Lunatic asylums Burma 1907-21 - 1907-1921
Year: 1907
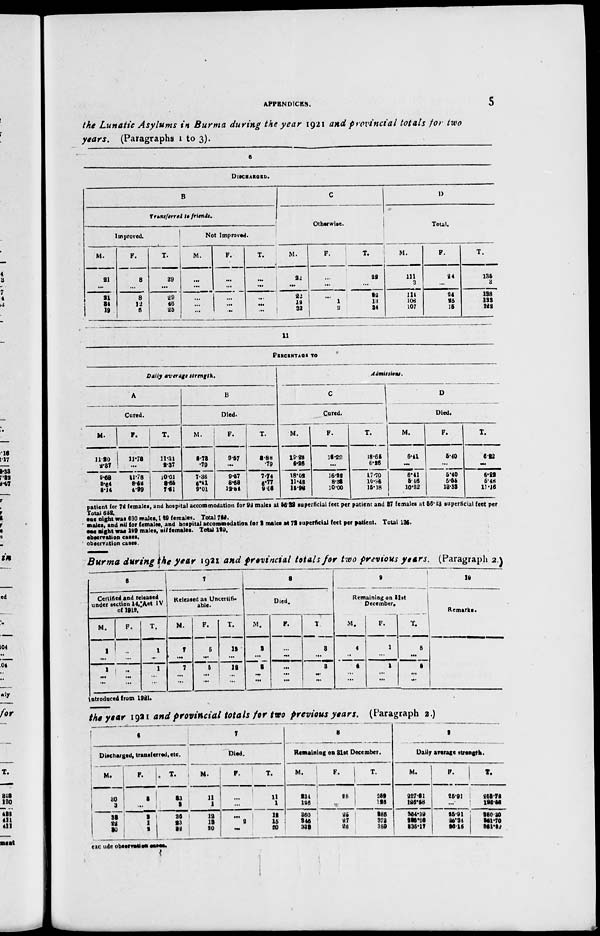
APPENDICES.
5
the Lunatic Asylums in Burma during the year 1921 and provincial totals for two
years. (Paragraphs 1 to 3).
6
DISCHARGED.
B
Transferred to friends.
Improved.
M.
21
...
21
34
19
F.
8
...
8
12
6
T.
29
...
29
46
25
Not Improved.
M.
...
...
...
...
...
F.
...
...
...
...
...
T.
...
...
...
...
...
C
Otherwise.
M.
22
...
22
12
32
F.
...
...
...
1
2
T.
22
...
22
13
34
D
Total.
M.
111
3
114
108
107
F.
24
...
24
25
15
T.
136
3
138
133
122
11
PERCENTAGE TO
Daily average strength.
A
Cured.
M.
11.20
2.37
9.68
3.54
3.14
F.
11.78
...
11.78
3.68
4.99
T.
11.31
2.37
10.01
3.65
7.61
B
Died.
M.
3.78
.79
7.36
5.4l
9.01
F.
9.57
...
9.57
8.68
12.84
T.
3.88
.79
7.74
6.77
9.56
Admissions.
C
Cured.
M.
19.23
6.26
18.02
11.48
15.98
F.
15.29
...
16.22
8.38
10.00
T.
18.65
6.26
17.70
10.96
15.18
D
Died.
M.
6.41
...
5.41
5.46
10.82
F.
5.40
...
5.40
5.55
13.38
T.
6.22
...
5.22
5.48
11.16
patient for 72 females, and hospital accommodation for 92 males at 56.32 superficial feet per patient and 37 females at 56.43 superficial feet per
Total 632.
One night was 630 males, 69 females. Total 786.
males, and nil for females, and hospital accommodation for 2 males at 72 superficial feet per patient. Total 136.
one night was 129 males , nil females. Total 129.
observation cases.
observation cases.
Burma during the year 1921 and provincial totals for two previous years. (Paragraph 2.)
6
Certified and released
under section 14, Act IV
of 1919.
M.
1
...
1
...
...
F.
...
...
...
...
...
T.
1
...
1
...
...
7
Released as Uncertifi-
able.
M.
7
...
7
...
...
F.
5
...
5
...
...
T.
12
...
12
...
...
8
Died.
M.
3
...
3
...
...
F.
...
...
...
...
...
T
3
...
3
...
...
9
Remaining on 31st
December.
M.
4
...
4
...
...
F.
1
...
1
...
...
T.
5
...
5
...
...
10
Remarks.
introduced from 1921.
the year 1921 and provincial totals for two previous years. (Paragraph 2.)
6
Discharged, transferred, etc.
M.
30
3
33
22
30
F.
3
...
3
1
2
T.
33
3
36
23
32
7
Died.
M.
11
1
12
12
20
F.
...
...
...
2
...
T.
11
1
12
15
20
8
Remaining on 31st December.
M.
234
126
360
346
333
F.
25
25
25
27
26
T.
259
126
285
372
352
9
Daily average strength.
M.
227.61
126.58
354.39
389.26
335.17
F.
25.91
...
25.91
25.34
26.15
T.
252.72
126.56
280.30
361.70
361.82
exclude observation cases.